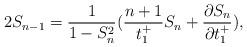
LaTeX: \begin{align*}2S_{n-1}=\frac{1}{1-S_{n}^{2}}(\frac{n+1}{t_{1}^{+}}S_{n}+\frac{\partial S_{n}}{\partial t_{1}^{+}}),\end{align*}